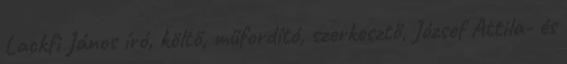
Lackfi János író, költő, műfordító, szerkesztő, József Attila- és